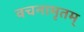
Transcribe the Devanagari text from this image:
वचनामृतम्